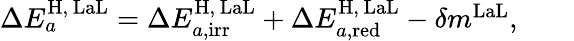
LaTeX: \begin{array}{r}{\Delta E_{a}^{\mathrm{H},\, \mathrm{LaL}}=\Delta E_{a,\mathrm{irr}}^{\mathrm{H},\, \mathrm{LaL}}+\Delta E_{a,\mathrm{red}}^{\mathrm{H},\, \mathrm{LaL}}-\delta m^{\mathrm{LaL}},\qquad}\end{array}